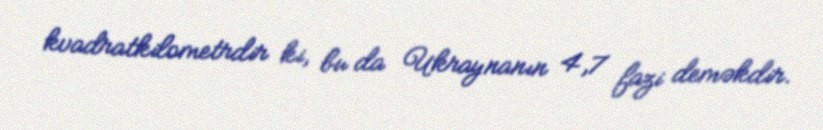
kvadratkilometrdir ki, bu da Ukraynanın 4,7 fazi deməkdir.